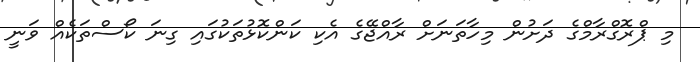
މި ޕްރޮގްރާމްގެ ދަށުން މިހާތަނަށް ރާއްޖޭގެ އެކި ކަންކޮޅުތަކުގައި ގިނަ ކޯސްތަކެއް ވަނީ